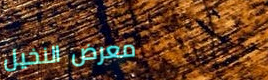
معرض النخيل